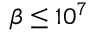
\beta \le 1 0 ^ { 7 }